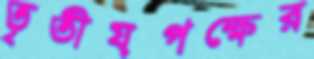
তৃতীয়পক্ষের